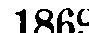
1869